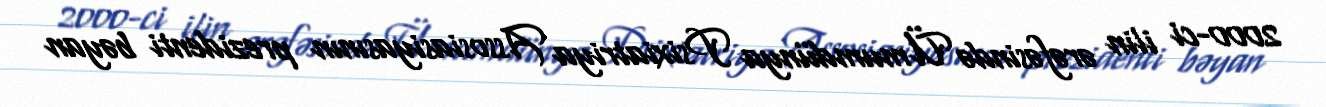
2000-ci ilin ərəfəsində Ümumdünya Psixiatriya Assosiasiyasının prezidenti bəyan